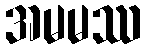
အမမဿ